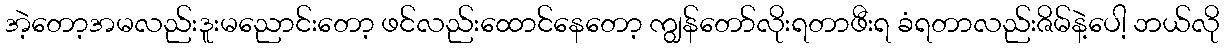
အဲ့တော့အမလည်းဒူးမညောင်းတော့ ဖင်လည်းထောင်နေတော့ ကျွန်တော်လိုးရတာဖီးရ ခံရတာလည်းဇိမ်နဲ့ပေါ့ ဘယ်လို